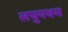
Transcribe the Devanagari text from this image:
लघुपथम